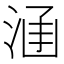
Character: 𣵊